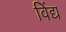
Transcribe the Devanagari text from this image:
विंद्य